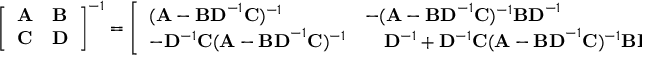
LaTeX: { \left[ \begin{array} { l l } { \mathbf { A } } & { \mathbf { B } } \\ { \mathbf { C } } & { \mathbf { D } } \end{array} \right] } ^ { - 1 } = { \left[ \begin{array} { l l } { ( \mathbf { A } - \mathbf { B D } ^ { - 1 } \mathbf { C } ) ^ { - 1 } } & { - ( \mathbf { A } - \mathbf { B D } ^ { - 1 } \mathbf { C } ) ^ { - 1 } \mathbf { B D } ^ { - 1 } } \\ { - \mathbf { D } ^ { - 1 } \mathbf { C } ( \mathbf { A } - \mathbf { B D } ^ { - 1 } \mathbf { C } ) ^ { - 1 } } & { \quad \mathbf { D } ^ { - 1 } + \mathbf { D } ^ { - 1 } \mathbf { C } ( \mathbf { A } - \mathbf { B D } ^ { - 1 } \mathbf { C } ) ^ { - 1 } \mathbf { B D } ^ { - 1 } } \end{array} \right] } .